Vaccination report Assam 1896-1927 - 1896-1927
Year: 1896
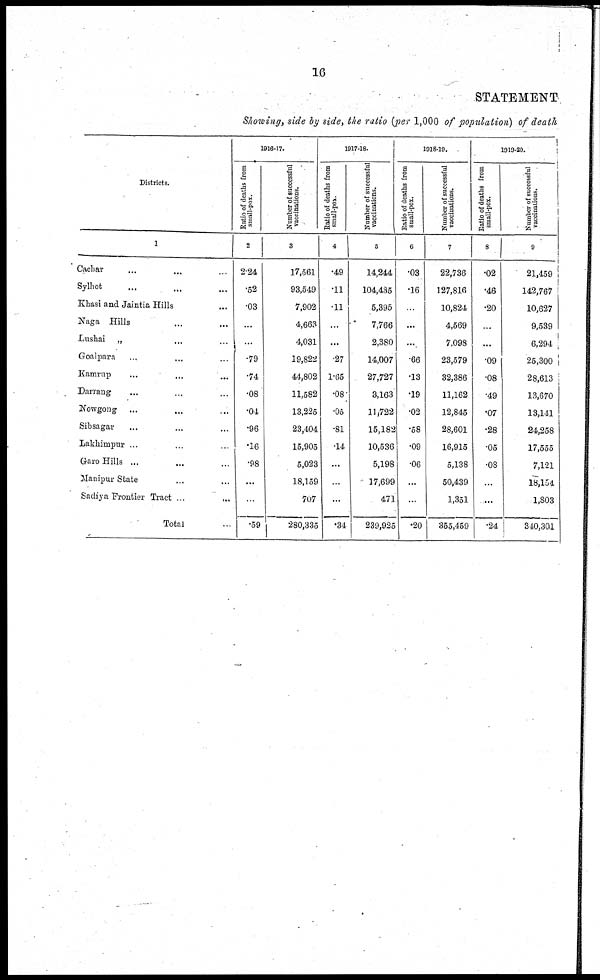
16
STATEMENT
Showing, side by side, the ratio (per 1,000 of population) of death
Districts.
1
Cachar
...
...
...
Sylhet ... ... ...
Khasi and Jaintia Hills ...
Naga Hills ... ...
Lushai „ ... ...
Goalpara ... ... ...
Kamrup ... ... ...
Darrang ... ... ...
Nowgong ...
... ...
Sibsagar ... ... ...
Lakhimpur ... ... ...
Garo Hills ... ... ...
Manipur State ... ...
Sadiya Frontier Tract ...
Total ...
1916-17.
Ratio of deaths from
small-pox.
2
2.24
.52
.03
...
...
.79
.74
.08
.04
.96
.16
.98
...
...
.59
Number of successful
vaccinations.
3
17,561
93,549
7,902
4,663
4,031
19,822
44,802
11,582
13,225
23,404
15,905
5,023
18,159
707
280,335
1917-18.
Ratio of deaths from
small-pox.
4
.49
.11
.11
...
...
.27
1.65
.08
.05
.81
.14
...
...
...
.34
Number of successful
vaccinations.
5
14,244
104,435
5,395
7,766
2,380
14,007
27,727
3,163
11,722
15,182
10,536
5,198
17,699
471
239,925
1918-19.
Ratio of deaths from
small-pox.
6
.03
.16
...
...
...
.66
.13
.19
.02
.58
.09
.06
...
...
.20
Number of successful
vaccinations.
7
22,736
127,816
10,824
4,569
7,098
23,579
32,386
11,162
12,845
28,601
16,915
5,138
50,439
1,351
355,459
1919-20.
Ratio of deaths from
small-pox.
8
.02
.46
.20
...
...
.09
.08
.49
.07
.28
.05
.08
...
...
.24
Number of successful
vaccinations.
9
21,459
142,767
10,627
9,539
6,294
25,300
28,613
13,670
13,141
24,258
17,555
7,121
18,154
1,803
340,301